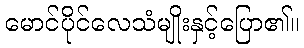
မောင်ပိုင်လေသံမျိုးနှင့်ပြော၏။